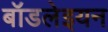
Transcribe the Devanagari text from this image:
बॉडलेइयन